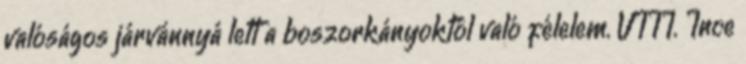
valóságos járvánnyá lett a boszorkányoktól való félelem. VIII. Ince